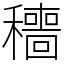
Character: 穯